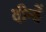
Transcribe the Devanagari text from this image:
दीन्‍हें